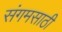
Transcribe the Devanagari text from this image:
संगमसाठी